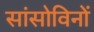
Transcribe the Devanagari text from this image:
सांसोविनों